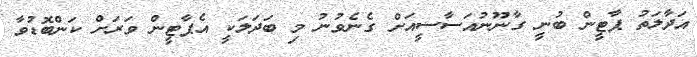
އަދާލަތު ޕާޓީން ބުނީ ގާނޫނުއަސާސީއަށް ގެނެވުނު މި ބަދަލަކީ އެޕާޓީން ވަރަށް ކަންބޮޑުވާ